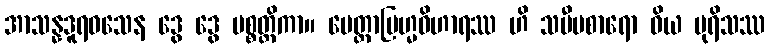
အာသန္နဒူရဝသေန ဒွေ ဒွေ ပစ္စတ္ထိကာ။ မေတ္တာဗြဟ္မဝိဟာရဿ ဟိ သမီပစာရော ဝိယ ပုရိသဿ